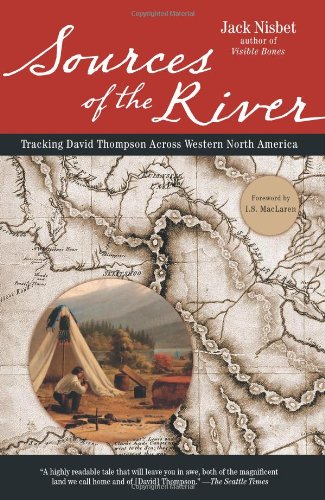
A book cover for Sources of the River, 2nd Edition: Tracking David Thompson Across North America; Jack Nisbet; Biographies & Memoirs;